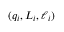
( q _ { i } , L _ { i } , \ell _ { i } )